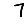
Digit: 7